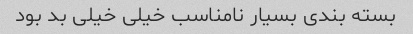
بسته بندی بسیار نامناسب خیلی خیلی بد بود